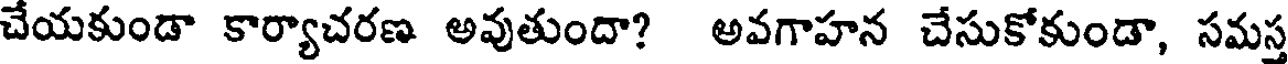
చేయకుండా కార్యాచరణ అవుతుందా? అవగాహన చేసుకోకుండా, సమస్త